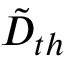
\tilde { D } _ { t h }